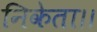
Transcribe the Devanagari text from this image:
निकेता।।